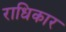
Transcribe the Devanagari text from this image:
राधिकार